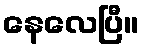
နေလေပြီ။